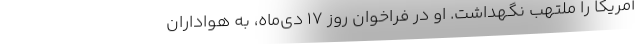
آمریکا را ملتهب نگهداشت. او در فراخوان روز ۱۷ دی‌ماه، به هواداران